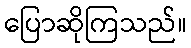
ပြောဆိုကြသည်။